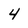
Character: 4